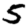
Digit: 5